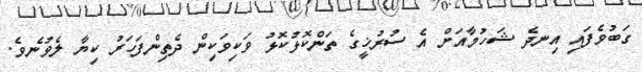
ގަބުވެފައި އިނދެ ޝަހުމާއަށް އެ ސުރުޚީގެ ތަންކޮޅުކޮޅު ވަކިވަކިން ދެތިންފަހަރު ކިޔާ ލެވުނެވެ.